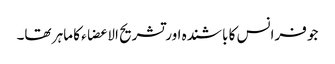
جو فرانس کا باشندہ اور تشریح الا عضاء کا ماہر تھا۔